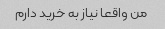
من واقعا نیاز به خرید دارم